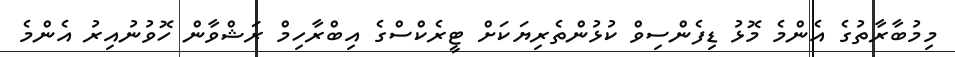
މިމުބާރާތުގެ އެންމެ މޮޅު ޑިފެންސިވް ކުޅުންތެރިޔަކަށް ޓީރެކްސްގެ އިބްރާހިމް ރަޝްވާން ހޮވުނުއިރު އެންމެ